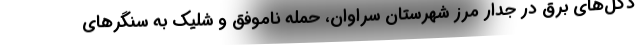
دکل‌های برق در جدار مرز شهرستان سراوان، حمله ناموفق و شلیک به سنگر‌های